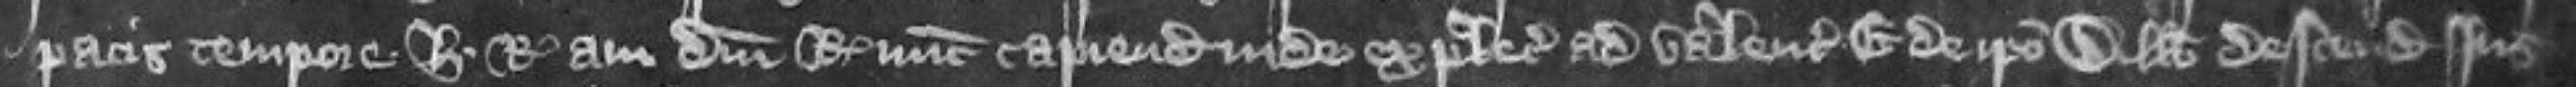
pacis tempore Henrici regis avi domini regis nunc capiendo inde expletias ad valenciam etc Et de ipso Willelmo descendit jus